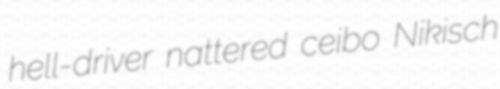
hell-driver nattered ceibo Nikisch